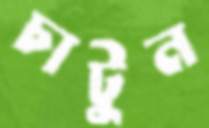
চাটুন